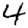
Digit: 4